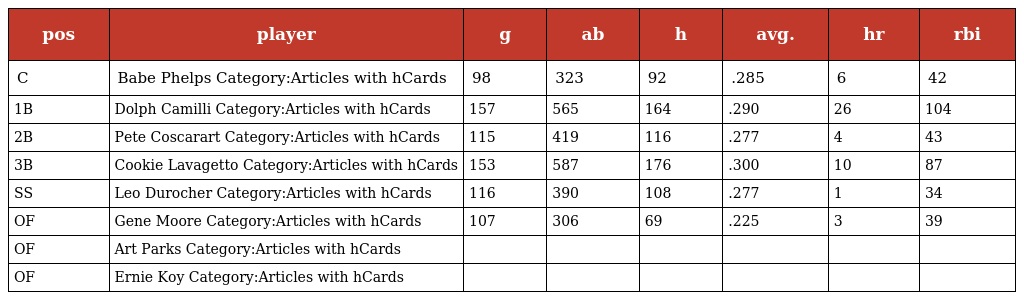
| pos | player | g | ab | h | avg. | hr | rbi |
 | --- | --- | --- | --- | --- | --- | --- | --- |
 | C | Babe Phelps Category:Articles with hCards | 98 | 323 | 92 | .285 | 6 | 42 |
 | 1B | Dolph Camilli Category:Articles with hCards | 157 | 565 | 164 | .290 | 26 | 104 |
 | 2B | Pete Coscarart Category:Articles with hCards | 115 | 419 | 116 | .277 | 4 | 43 |
 | 3B | Cookie Lavagetto Category:Articles with hCards | 153 | 587 | 176 | .300 | 10 | 87 |
 | SS | Leo Durocher Category:Articles with hCards | 116 | 390 | 108 | .277 | 1 | 34 |
 | OF | Gene Moore Category:Articles with hCards | 107 | 306 | 69 | .225 | 3 | 39 |
 | OF | Art Parks Category:Articles with hCards |  |  |  |  |  |  |
 | OF | Ernie Koy Category:Articles with hCards |  |  |  |  |  |  |